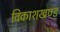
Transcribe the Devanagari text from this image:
विकाशखण्ड